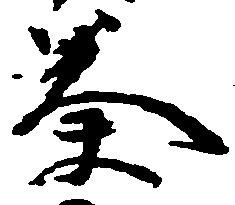
奏